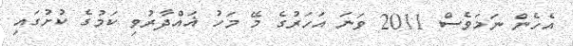
އެހެން ނަމަވެސް 2011 ވަނަ އަހަރުގެ މޭ މަހު ޣައްދާރުވި ކަމުގެ ކުށުގައި